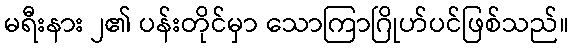
မရီးနား ၂၏ ပန်းတိုင်မှာ သောကြာဂြိုဟ်ပင်ဖြစ်သည်။